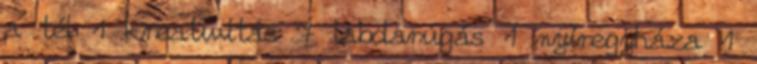
a tél 1 kreativitás 7 labdarúgás 1 nyíregyháza 1